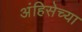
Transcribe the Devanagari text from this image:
अंहिसेच्या